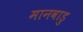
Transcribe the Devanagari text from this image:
मानवाडु